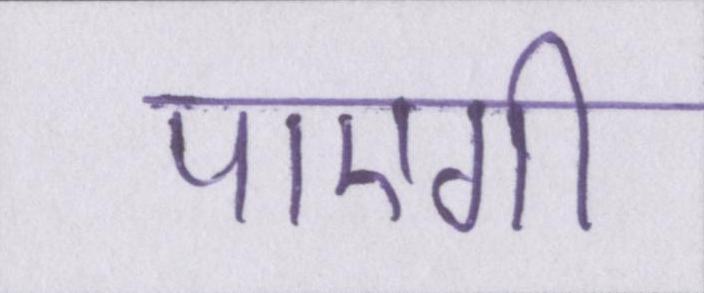
पाएगी